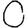
Digit: 0